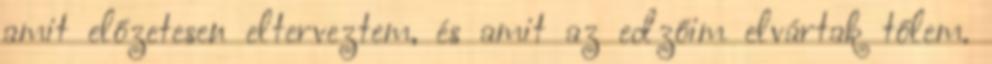
amit előzetesen elterveztem, és amit az edzőim elvártak tőlem.